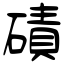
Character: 磧